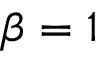
\beta = 1